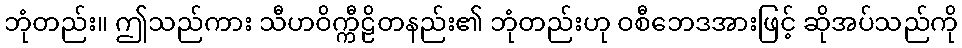
ဘုံတည်း။ ဤသည်ကား သီဟဝိက္ကီဠိတနည်း၏ ဘုံတည်းဟု ဝစီဘေဒအားဖြင့် ဆိုအပ်သည်ကို